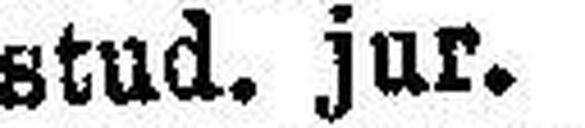
stud. jur.